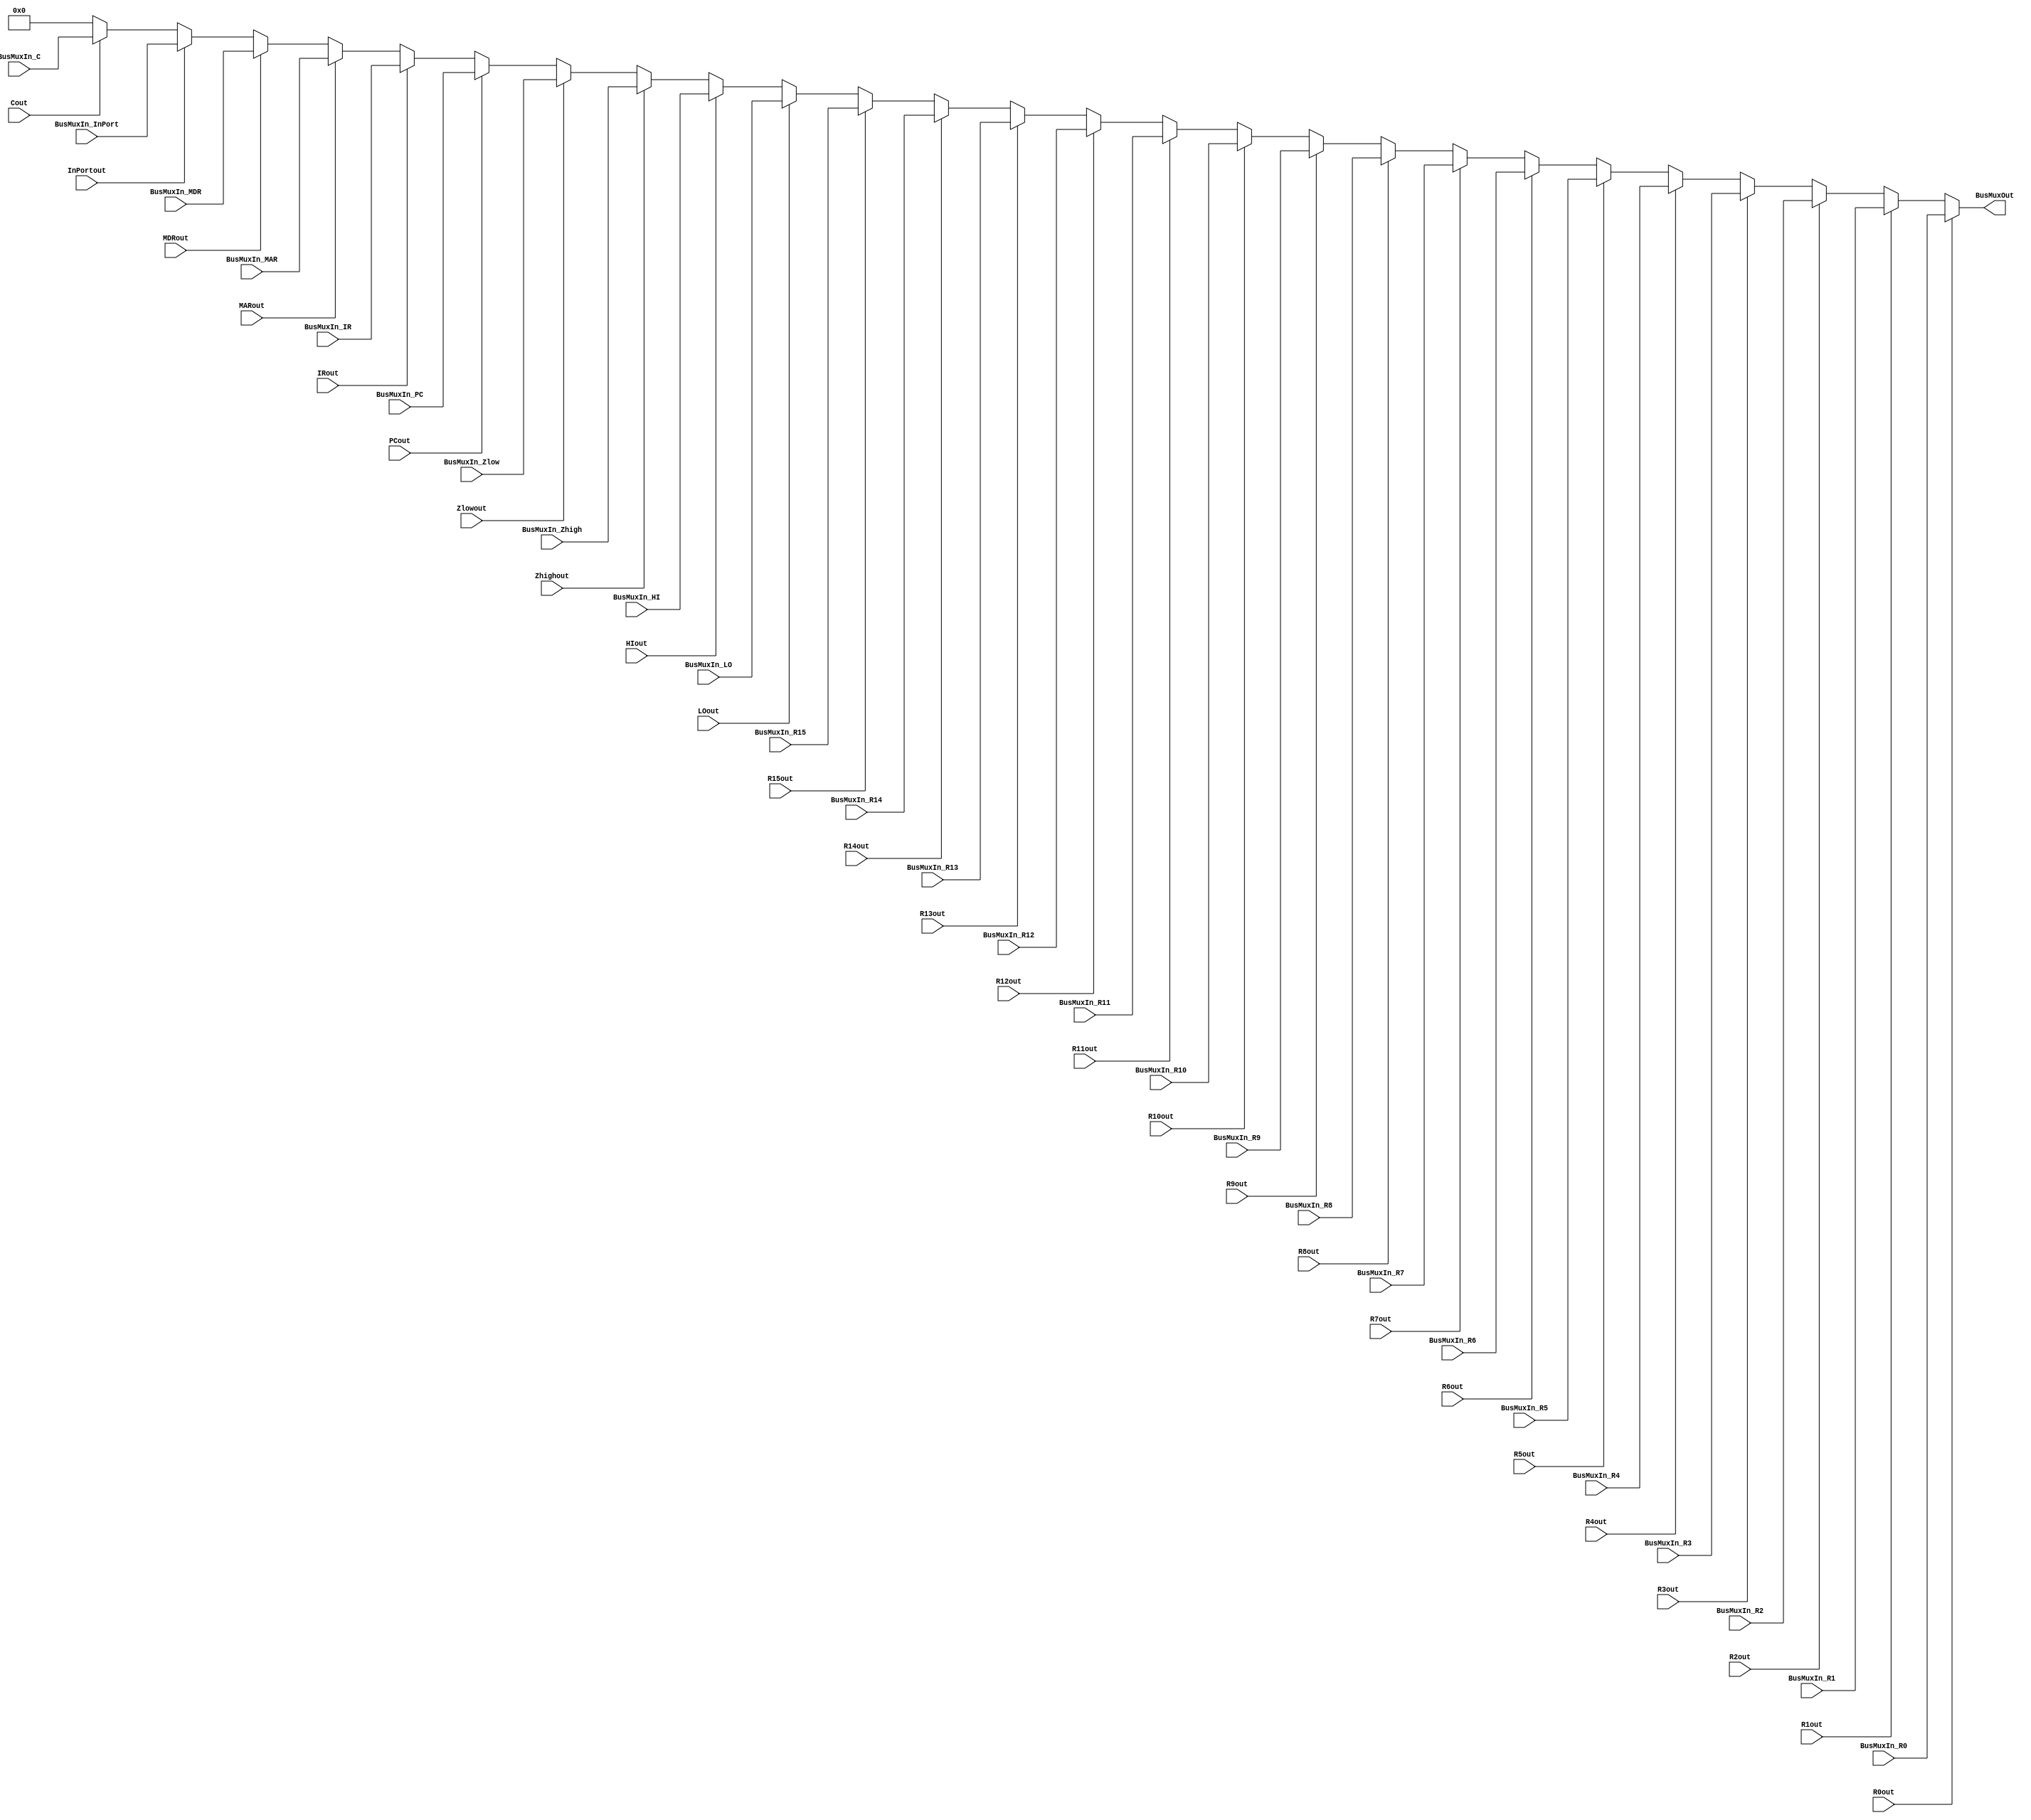
module bus (
	input [31:0]	BusMuxIn_R0, BusMuxIn_R1, BusMuxIn_R2, BusMuxIn_R3,
						BusMuxIn_R4, BusMuxIn_R5, BusMuxIn_R6, BusMuxIn_R7,
						BusMuxIn_R8, BusMuxIn_R9, BusMuxIn_R10, BusMuxIn_R11,
						BusMuxIn_R12, BusMuxIn_R13, BusMuxIn_R14, BusMuxIn_R15,
						
	input				R0out, R1out, R2out, R3out,
						R4out, R5out, R6out, R7out,
						R8out, R9out, R10out, R11out,
						R12out, R13out, R14out, R15out,
	
	input [31:0]	BusMuxIn_HI, BusMuxIn_LO,
	input 			HIout, LOout,
	
	input [31:0]	BusMuxIn_Zhigh, BusMuxIn_Zlow,
	input 			Zhighout, Zlowout,
	
	input [31:0]	BusMuxIn_PC, BusMuxIn_IR, BusMuxIn_MAR, BusMuxIn_MDR, BusMuxIn_InPort, BusMuxIn_C,
	input 			PCout, IRout, MARout, MDRout, InPortout, Cout,
	
	output wire [31:0] BusMuxOut
);

	reg [31:0] q;

	always @ (*) begin
		if (R0out) 			q = BusMuxIn_R0;
		else if (R1out) 	q = BusMuxIn_R1;
		else if (R2out) 	q = BusMuxIn_R2;
		else if (R3out) 	q = BusMuxIn_R3;
		
		else if (R4out) 	q = BusMuxIn_R4;
		else if (R5out) 	q = BusMuxIn_R5;
		else if (R6out) 	q = BusMuxIn_R6;
		else if (R7out) 	q = BusMuxIn_R7;
		
		else if (R8out) 	q = BusMuxIn_R8;
		else if (R9out) 	q = BusMuxIn_R9;
		else if (R10out) 	q = BusMuxIn_R10;
		else if (R11out) 	q = BusMuxIn_R11;
		
		else if (R12out) 	q = BusMuxIn_R12;
		else if (R13out) 	q = BusMuxIn_R13;
		else if (R14out) 	q = BusMuxIn_R14;
		else if (R15out) 	q = BusMuxIn_R15;
		
		else if (LOout) 	q = BusMuxIn_LO;
		else if (HIout) 	q = BusMuxIn_HI;
		
		else if (Zhighout) 	q = BusMuxIn_Zhigh;
		else if (Zlowout) 	q = BusMuxIn_Zlow;
		
		else if (PCout) 		q = BusMuxIn_PC;
		else if (IRout)		q = BusMuxIn_IR;
		else if (MARout)		q = BusMuxIn_MAR;
		else if (MDRout) 		q = BusMuxIn_MDR;
		else if (InPortout) 	q = BusMuxIn_InPort;
		else if (Cout) 		q = BusMuxIn_C;
		else q = 32'b0;
	end

	assign BusMuxOut = q;
endmodule

module bus_32to5_encoder(	
	input	R0out, R1out, R2out, R3out,
			R4out, R5out, R6out, R7out,
			R8out, R9out, R10out, R11out,
			R12out, R13out, R14out, R15out,
	input HIout, LOout,
	input Yout, Zhighout, Zlowout,
	input PCout, IRout, MARout, MDRout, InPortout, Cout,
	output [4:0] q
);

	reg [4:0] encoded;
	
	always @ (*) begin
		if (R0out)				encoded = 5'b00001;
		else if (R1out)		encoded = 5'b00010;
		else if (R2out)		encoded = 5'b00011;
		else if (R3out)		encoded = 5'b00100;
		
		else if (R4out)		encoded = 5'b00101;
		else if (R5out)		encoded = 5'b00110;
		else if (R6out)		encoded = 5'b00111;
		else if (R7out)		encoded = 5'b01000;
		
		else if (R8out)		encoded = 5'b00010;
		else if (R9out)		encoded = 5'b00010;
		else if (R10out)		encoded = 5'b00010;
		else if (R11out)		encoded = 5'b00010;
		
		else if (R12out)		encoded = 5'b00010;
		else if (R13out)		encoded = 5'b00010;
		else if (R14out)		encoded = 5'b00010;
		else if (R15out)		encoded = 5'b00010;
		
		else if (LOout)		encoded = 5'b00010;
		else if (HIout)		encoded = 5'b00010;
		
		else if (Zhighout)	encoded = 5'b00010;
		else if (Zlowout) 	encoded = 5'b00010;
		
		else if (PCout)		encoded = 5'b00010;
		else if (IRout)		encoded = 5'b00010;
		else if (MARout)		encoded = 5'b00010;
		else if (MDRout)		encoded = 5'b00010;
		else if (InPortout) 	encoded = 5'b00010;
		else if (Cout) 		encoded = 5'b00010;
	end
endmodule